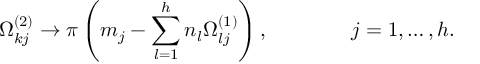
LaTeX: \Omega _ { k j } ^ { ( 2 ) } \to \pi \left( m _ { j } - \sum _ { l = 1 } ^ { h } n _ { l } \Omega _ { l j } ^ { ( 1 ) } \right) , \qquad \qquad j = 1 , \ldots , h .